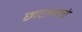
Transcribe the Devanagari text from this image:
छाटल्याचे